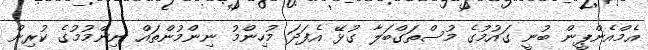
އެމްއެންޕީން ބުނީ ގައުމުގެ މުސްތަގްބަލާ ގުޅޭ އެފަދަ މުހިންމު ނިންމުންތައް ނިންމުމުގެ ކުރިން